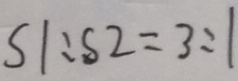
S 1 : S 2 = 3 : 1